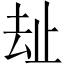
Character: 𱑤